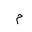
Letter: _mim